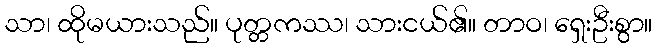
သာ၊ ထိုမယားသည်။ ပုတ္တကဿ၊ သားငယ်၏။ တာဝ၊ ရှေးဦးစွာ။